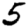
Digit: 5